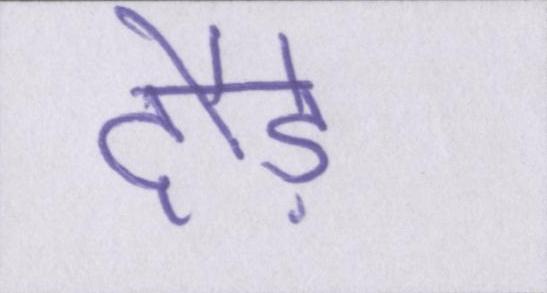
दौड़े